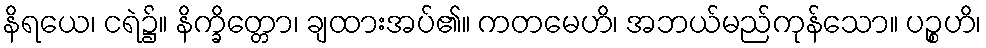
နိရယေ၊ ငရဲ၌။ နိက္ခိတ္တော၊ ချထားအပ်၏။ ကတမေဟိ၊ အဘယ်မည်ကုန်သော။ ပဉ္စဟိ၊